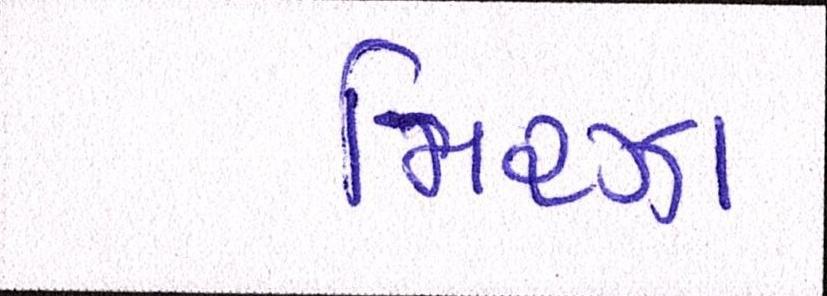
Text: મિરઝા